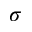
\sigma